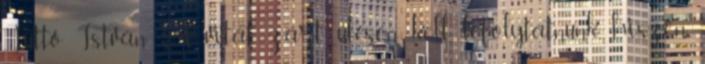
Tüttő István: A vitát zárt ülésen kell lefolytatnunk, hiszen